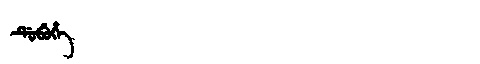
Manchu: ᡩᡠᠪᡠᡥᡝ
Romanization: DUBUHE